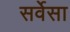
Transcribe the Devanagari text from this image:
सर्वेसा